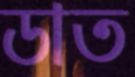
ডাত